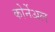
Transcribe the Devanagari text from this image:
कोर्नेअल